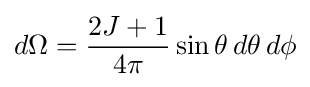
d\Omega ={\frac {2J+1}{4\pi }}\sin \theta \,d\theta \,d\phi